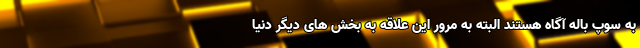
به سوپ باله آگاه هستند البته به مرور این علاقه به بخش های دیگر دنیا